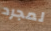
لمجرد